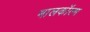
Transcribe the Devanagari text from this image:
मालकॉल्म